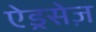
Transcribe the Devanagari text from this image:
ऐड्रसेज़